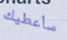
سأعطيك